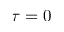
\tau = 0